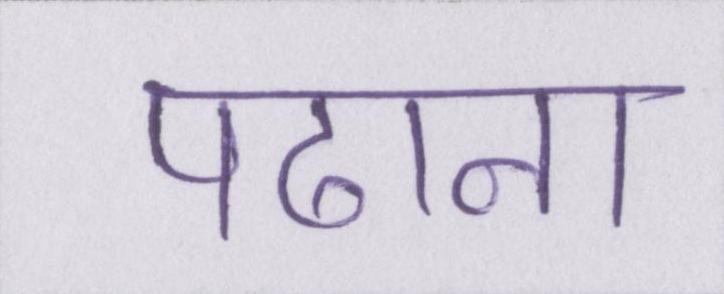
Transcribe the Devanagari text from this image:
पढाना